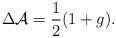
LaTeX: \begin{align*}\Delta {\cal A}=\frac{1}{2}(1+g). \end{align*}